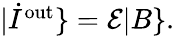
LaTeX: \begin{array}{r}{|\dot{I}^{\mathrm{out}}\} =\mathcal{E}|B\} .}\end{array}